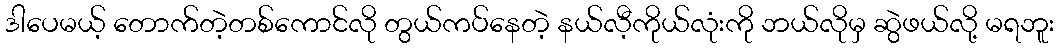
ဒါပေမယ့် တောက်တဲ့တစ်ကောင်လို တွယ်ကပ်နေတဲ့ နယ်လီ့ကိုယ်လုံးကို ဘယ်လိုမှ ဆွဲဖယ်လို့ မရဘူး